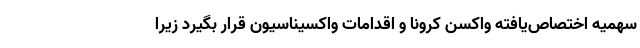
سهمیه اختصاص‌یافته واکسن کرونا و اقدامات واکسیناسیون قرار بگیرد زیرا